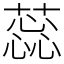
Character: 蕊